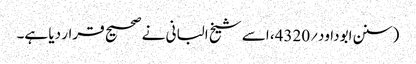
(سنن ابوداود؍4320، اسے شیخ البانی نے صحیح قرار دیا ہے۔